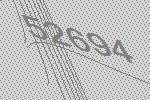
52694